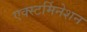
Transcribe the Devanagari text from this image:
एक्स्टर्मिनेशन